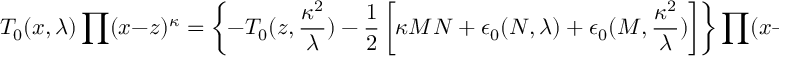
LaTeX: T _ { 0 } ( x , \lambda ) \prod ( x - z ) ^ { \kappa } = \left\{ - T _ { 0 } ( z , \frac { \kappa ^ { 2 } } { \lambda } ) - \frac { 1 } { 2 } \left[ \kappa M N + \epsilon _ { 0 } ( N , \lambda ) + \epsilon _ { 0 } ( M , \frac { \kappa ^ { 2 } } { \lambda } ) \right] \right\} \prod ( x - z ) ^ { \kappa } ,